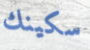
سكينك